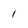
Character: 1